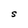
Character: S